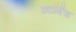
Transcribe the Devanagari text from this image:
स्टॉर्मस